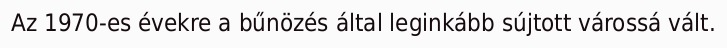
Az 1970-es évekre a bűnözés által leginkább sújtott várossá vált.